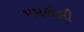
મમરોલી